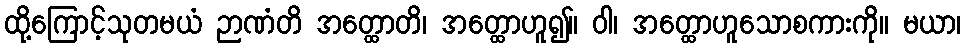
ထို့ကြောင့်သုတမယံ ဉာဏံတိ အတ္ထောတိ၊ အတ္ထောဟူ၍။ ဝါ၊ အတ္ထောဟူသောစကားကို။ မယာ၊